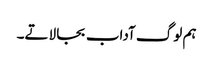
ہم لوگ آداب بجا لاتے۔